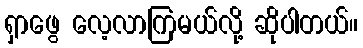
ရှာဖွေ လေ့လာကြမယ်လို့ ဆိုပါတယ်။